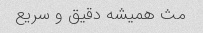
مث همیشه دقیق و سریع